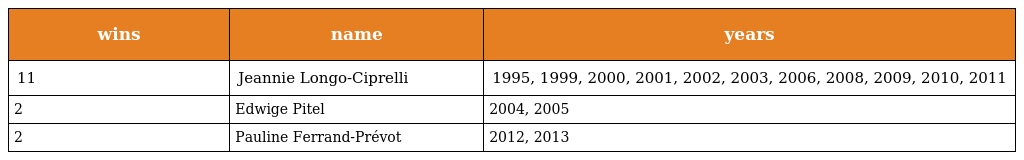
| wins | name | years |
 | --- | --- | --- |
 | 11 | Jeannie Longo-Ciprelli | 1995, 1999, 2000, 2001, 2002, 2003, 2006, 2008, 2009, 2010, 2011 |
 | 2 | Edwige Pitel | 2004, 2005 |
 | 2 | Pauline Ferrand-Prévot | 2012, 2013 |